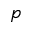
p